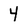
Character: 4